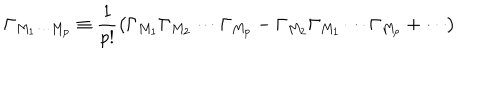
\Gamma _ { M _ { 1 } \cdots M _ { p } } \equiv \frac { 1 } { p ! } \left( \Gamma _ { M _ { 1 } } \Gamma _ { M _ { 2 } } \cdots \Gamma _ { M _ { p } } - \Gamma _ { M _ { 2 } } \Gamma _ { M _ { 1 } } \cdots \Gamma _ { M _ { p } } + \cdots \right)